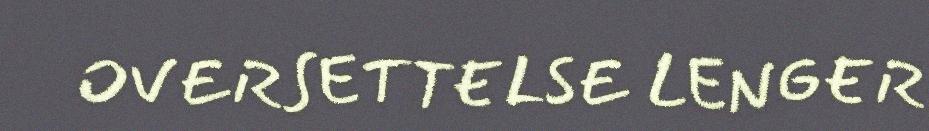
OVERSETTELSE LENGER